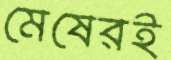
মেষেরই